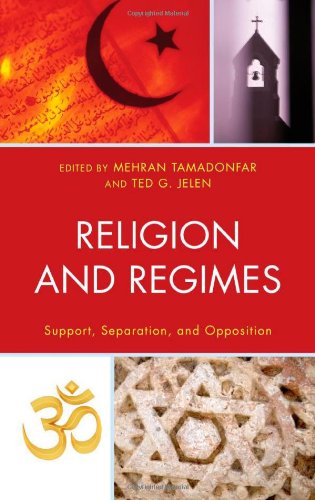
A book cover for Religion and Regimes: Support, Separation, and Opposition; Religion & Spirituality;